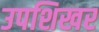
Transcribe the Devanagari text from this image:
उपशिखर